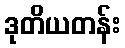
ဒုတိယတန်း